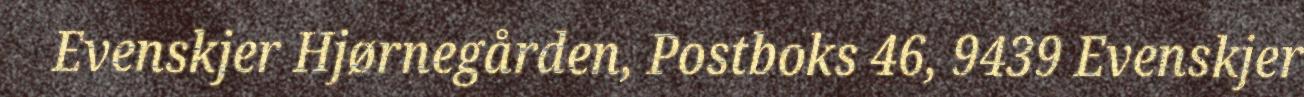
Evenskjer Hjørnegården, Postboks 46, 9439 Evenskjer